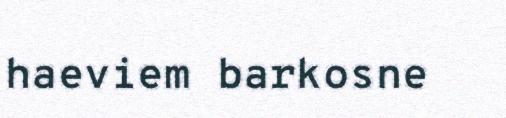
haeviem barkosne